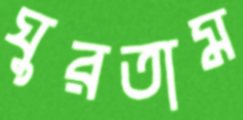
ঘুরতাম